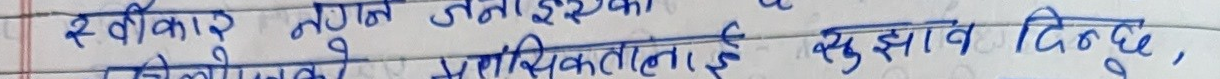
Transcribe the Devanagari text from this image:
स्वीकार नगर्नु भनिएको र
त्यसलाई प्राविधिकलाई सुझाव दिनु छ,